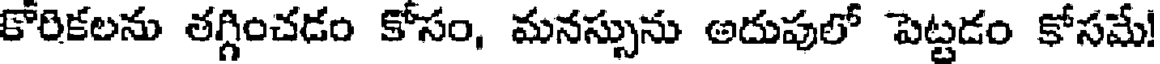
కోరికలను తగ్గించడం కోసం, మనస్సును అదుపులో పెట్టడం కోసమే